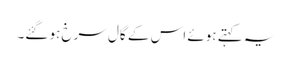
یہ کہتے ہوئے اس کے گال سرخ ہو گئے۔